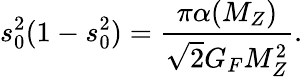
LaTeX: s_{0}^{2}(1-s_{0}^{2})={\frac{\pi\alpha(M_{Z})}{\sqrt 2G_{F}M_{Z}^{2}}}.